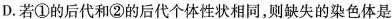
D.若①的后代和②的后代个体性状相同，则缺失的染色体是